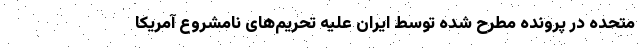
متحده در پرونده مطرح شده توسط ایران علیه تحریم‌های نامشروع آمریکا